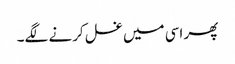
پھر اسی میں غسل کرنے لگے۔